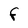
Character: F